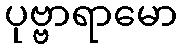
ပုဗ္ဗာရာမော